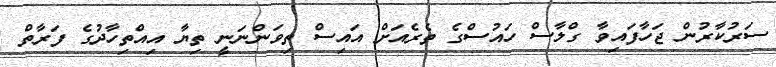
ސަރުކާރުން ޖަހާފައިވާ ގްލާސް ހައުސްގެ ތެރެއަށް އައިސް ތިވަންނަނީ ތިޔާ އިއްތިހާދުގެ ފަރާތް